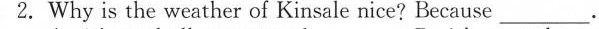
2. Why is the weather of Kinsale nice? Because ___.